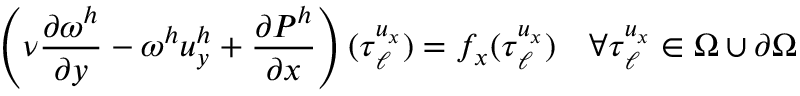
\left( \nu \frac { \partial \omega ^ { h } } { \partial y } - \omega ^ { h } u _ { y } ^ { h } + \frac { \partial P ^ { h } } { \partial x } \right) ( \boldsymbol { \tau } _ { \ell } ^ { u _ { x } } ) = f _ { x } ( \boldsymbol { \tau } _ { \ell } ^ { u _ { x } } ) \quad \forall \boldsymbol { \tau } _ { \ell } ^ { u _ { x } } \in \Omega \cup \partial \Omega